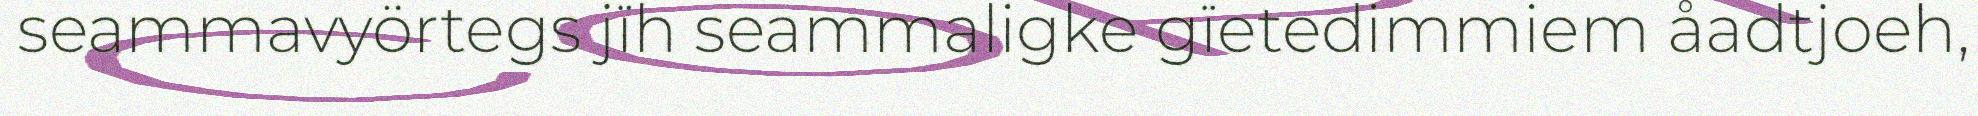
seammavyörtegs jïh seammaligke gïetedimmiem åadtjoeh,